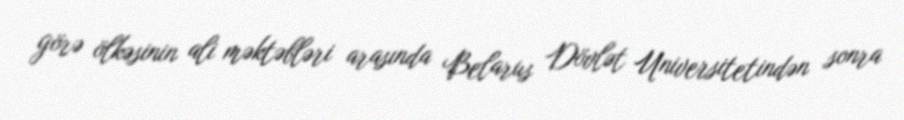
görə ölkəsinin ali məktəbləri arasında Belarus Dövlət Universitetindən sonra